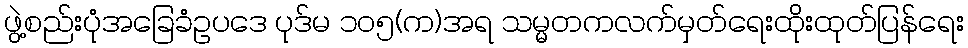
ဖွဲ့စည်းပုံအခြေခံဥပဒေ ပုဒ်မ ၁၀၅(က)အရ သမ္မတကလက်မှတ်ရေးထိုးထုတ်ပြန်ရေး